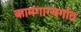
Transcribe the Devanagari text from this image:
कामगारवर्गात